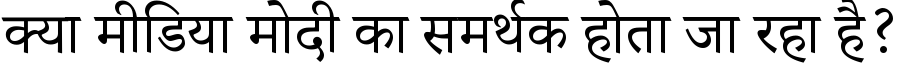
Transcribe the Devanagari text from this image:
क्या मीडिया मोदी का समर्थक होता जा रहा है?